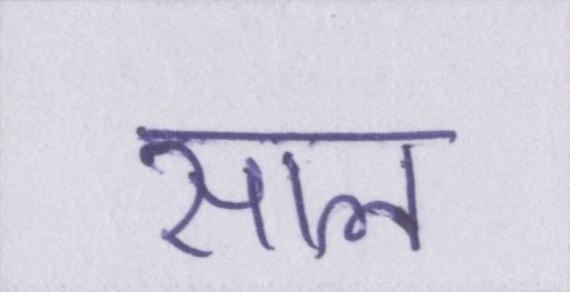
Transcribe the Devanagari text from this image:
साल